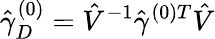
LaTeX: \hat{\gamma}_{D}^{(0)}=\hat{V}^{-1}{\hat{\gamma}^{(0)T}}\hat{V}